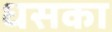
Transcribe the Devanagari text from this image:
धसका